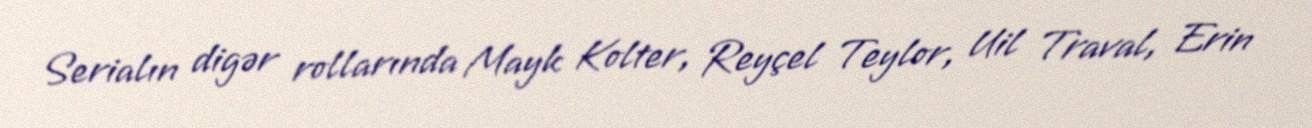
Serialın digər rollarında Mayk Kolter, Reyçel Teylor, Uil Traval, Erin